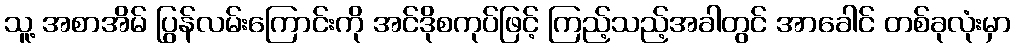
သူ့ အစာအိမ် ပြွန်လမ်းကြောင်းကို အင်ဒိုစကုပ်ဖြင့် ကြည့်သည့်အခါတွင် အာခေါင် တစ်ခုလုံးမှာ